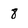
Character: 8